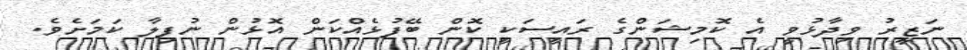
ނަޒީރު ވިދާޅުވީ އެ ކޮމިޝަންގެ ރައީސަކީ ކޮން ބޭފުޅެއްކަން އޮޅުން ނުފިލާ ކަމަށެވެ.